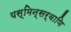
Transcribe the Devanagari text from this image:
यस्मिन्सर्वाणि